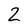
Character: 2